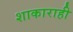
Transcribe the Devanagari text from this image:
शाकाराही